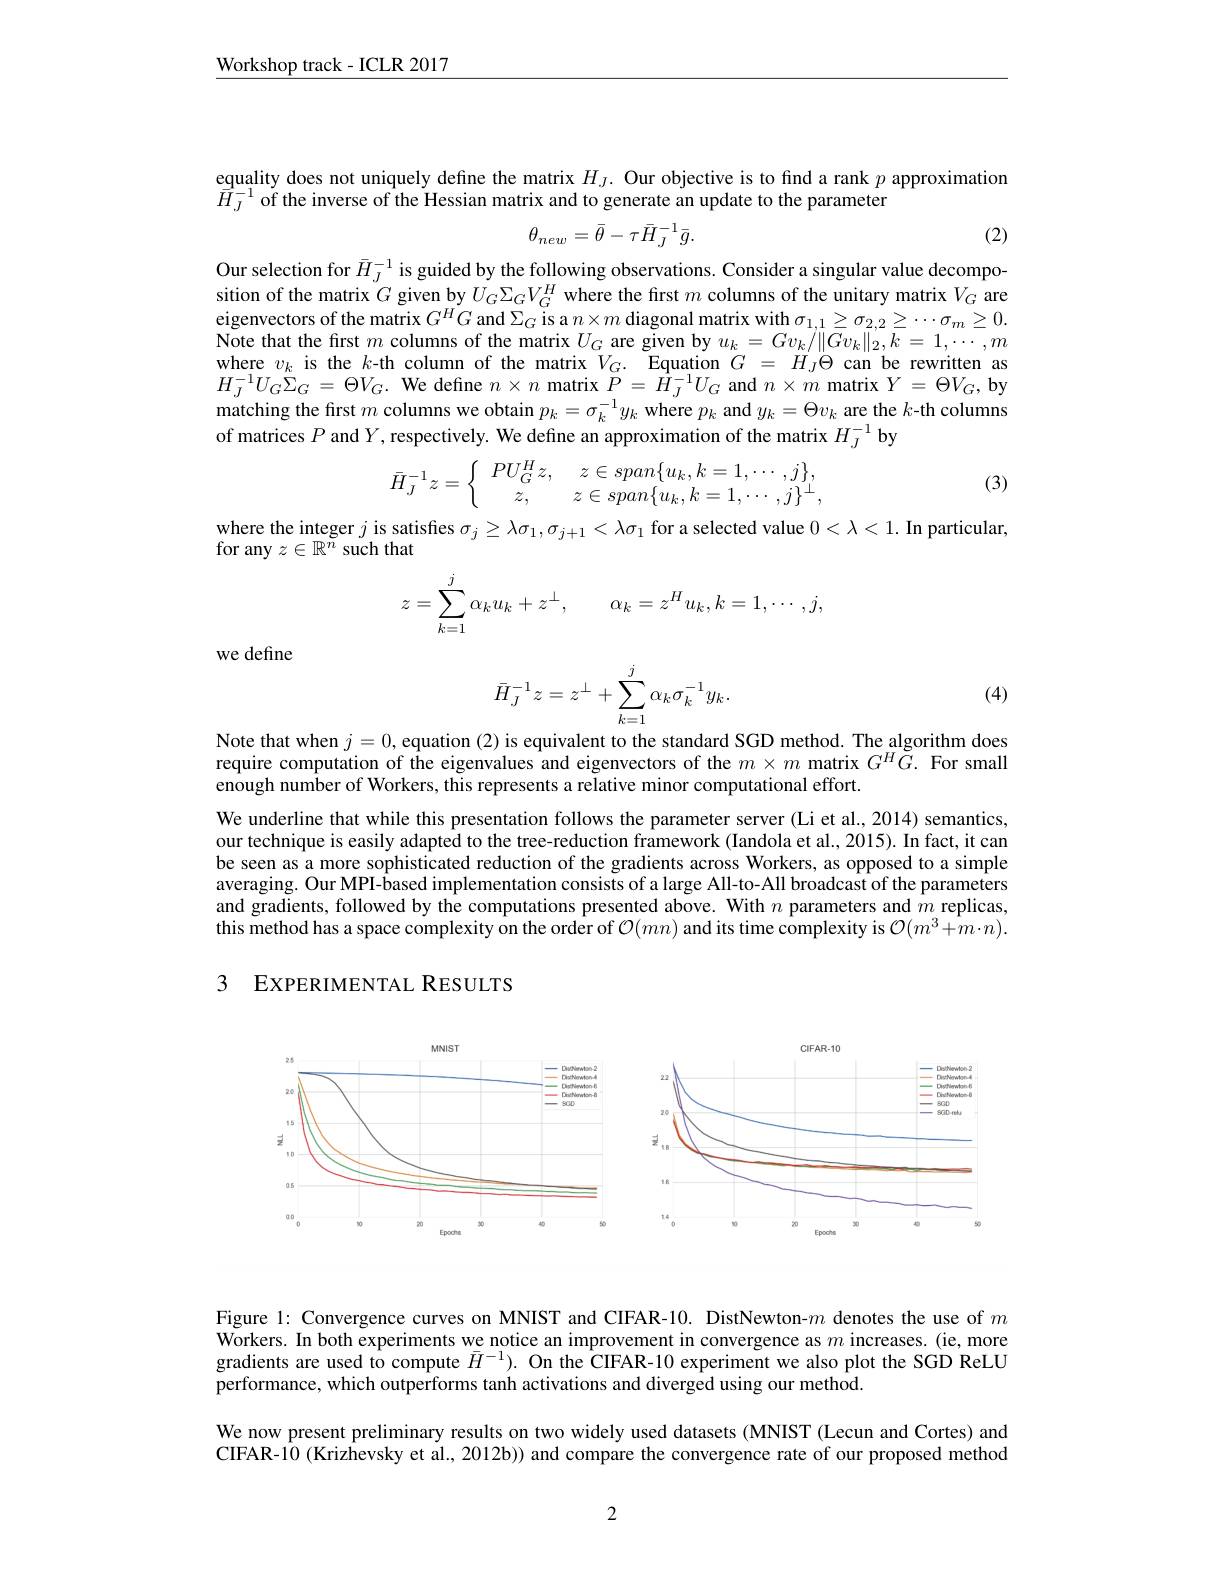
$\underline{\text{Workshop track-ICLR 2017}}$

equality does not uniquely define the matrix $H_J.$ Our objective is to find a rank $p$ approximation
$\bar{H}_{J}^{-1}$ of the inverse of the Hessian matrix and to generate an update to the parameter

(2)
$$\theta_{new}=\bar{\theta}-\tau\bar{H}_{J}^{-1}\bar{g}.$$
Our selection for $\bar{H}_J^{-1}$ is guided by the following observations. Consider a singular value decomposition of the matrix $G$ given by $U_G\Sigma_GV_G^H$ where the first $m$ columns of the unitary matrix $V_G$ are eigenvectors of the matrix $G^HG$ and $\Sigma_G$ is a $n\times m$ diagonal matrix with $\sigma_1,1\geq\sigma_{2,2}\geq\cdots\sigma_m\geq0.$ Note that the first $m$ columns of the matrix $U_G$ are given by $u_k=Gv_k/\|\bar{G}v_k\|_2,k=1,\cdots,m$ where $v_k$ is the $k$-th column of the matrix $V_G.$ Equation $G=H_j\Theta$ can be rewritten as $H_{J}^{-1}U_{G}\Sigma_{G}=\Theta V_{G}.$ We define $n\times n$ matrix $\dot P=\hat{H}_{J}^{-1}U_{G}$ and $n\times m$ matrix $Y=\Theta V_{G}$,by matching the first $m$ columns we obtain $p_k=\sigma_k^{-1}y_k$ where $p_k$ and $y_k=\Theta v_k$ are the $k$-th columns of matrices $P$ and $Y$, respectively. We define an approximation of the matrix $H_J^{-1}$ by
$$\bar H_J^{-1}z=\left\{\begin{array}{cc}PU_G^Hz,&z\in span\{u_k,k=1,\cdots,j\},\\z,&z\in span\{u_k,k=1,\cdots,j\}^\perp,\end{array}\right.$$
(3)

$\begin{array}{l}\text{where the integer }j\text{ is satisfies }\sigma_j\geq\lambda\sigma_1,\sigma_{j+1}<\lambda\sigma_1\text{ for a selected value }0<\lambda<1.\text{ In particular}\\\text{for any }z\in\mathbb{R}^n\text{ such that}\end{array}$
$$z=\sum\limits_{k=1}^j\alpha_ku_k+z^\perp,\quad\alpha_k=z^Hu_k,k=1,\cdots,j,$$
$$\bar{H}_J^{-1}z=z^\perp+\sum_{k=1}^j\alpha_k\sigma_k^{-1}y_k.$$
we define

(4)

Note that when $j=0$, equation (2) is equivalent to the standard SGD method. The algorithm does require computation of the eigenvalues and eigenvectors of the $m\times m$ matrix $G^H\tilde{G}.$ For small enough number of Workers, this represents a relative minor computational effort.

We underline that while this presentation follows the parameter server (Li et al., 2014) semantics, our technique is easily adapted to the tree-reduction framework (Iandola et al., 2015). In fact, it can be seen as a more sophisticated reduction of the gradients across Workers, as opposed to a simple averaging. Our MPI-based implementation consists of a large All-to-All broadcast of the parameters and gradients, followed by the computations presented above. With $n$ parameters and $m$ replicas, $\tilde{\text{this method has a space complexity on the order of }\mathcal{O}}(mn)\hat{\text{and its time complexity is }\mathcal{O}}(m^{3}+\hat{m}\cdot n).$

# 3 EXPERIMENTAL RESULTS

<FigureHere>

Figure l: Convergence curves on MNIST and CIFAR-10. DistNewton-$m$ denotes the use of $m$ Workers. In both experiments we notice an improvement in convergence as $m$ increases.(ie, more gradients are used to compute $\bar{H}^{-1}).$ On the CIFAR-10 experiment we also plot the SGD ReLU performance, which outperforms tanh activations and diverged using our method.

We now present preliminary results on two widely used datasets (MNIST (Lecun and Cortes) and CIFAR-10 (Krizhevsky et al., 2012b)) and compare the convergence rate of our proposed method

2